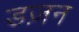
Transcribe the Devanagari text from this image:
डज़न